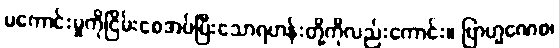
မကောင်းမှုကိုငြိမ်းစေအပ်ပြီးသောရဟန်းတို့ကိုလည်းကောင်း။ ဗြာဟ္မဏေစ၊